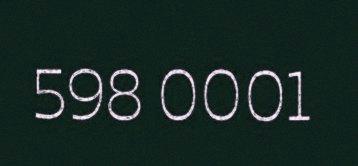
598 0001